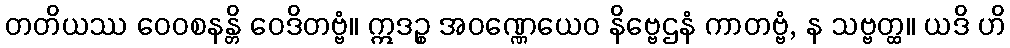
တတိယဿ ဝေဝစနန္တိ ဝေဒိတဗ္ဗံ။ ဣဒဉ္စ အဝဏ္ဏေယေဝ နိဗ္ဗေဌနံ ကာတဗ္ဗံ, န သဗ္ဗတ္ထ။ ယဒိ ဟိ